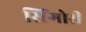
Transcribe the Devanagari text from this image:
सिंगोरी